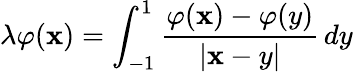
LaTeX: \lambda\varphi(\mathbf{x})=\int_{-1}^{1}{\frac{{\varphi(\mathbf{x})-\varphi(y)}}{{|\mathbf{x}-y|}}}\, dy